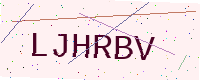
Text: LJHRBV